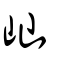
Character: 屾